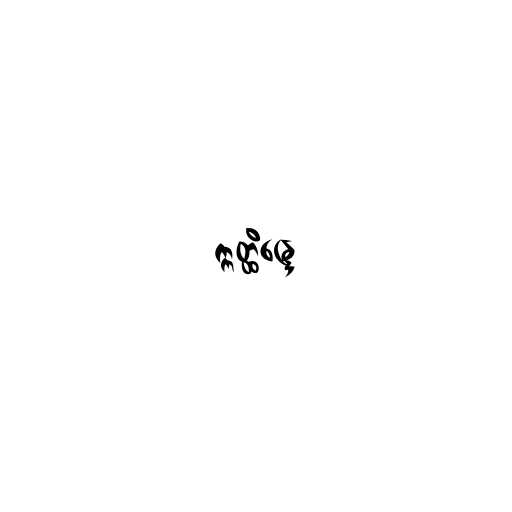
ဣတ္ထိန္ဒြေ